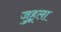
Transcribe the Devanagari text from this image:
जुहूला